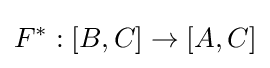
F^{*}:[B,C]\to [A,C]